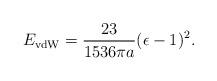
LaTeX: \begin{align*}E_{\rm vdW}={23\over1536\pi a}(\epsilon-1)^2.\end{align*}